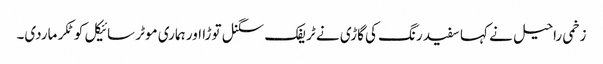
زخمی راحیل نے کہا سفید رنگ کی گاڑی نے ٹریفک سگنل توڑا اور ہماری موٹر سائیکل کو ٹکر ماردی۔